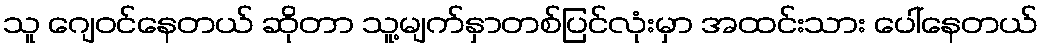
သူ ဂျေဝင်နေတယ် ဆိုတာ သူ့မျက်နှာတစ်ပြင်လုံးမှာ အထင်းသား ပေါ်နေတယ်